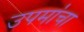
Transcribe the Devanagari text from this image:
उपमांचा